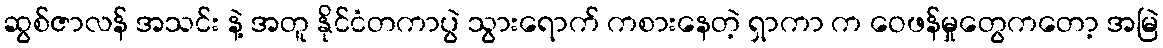
ဆွစ်ဇာလန် အသင်း နဲ့ အတူ နိုင်ငံတကာပွဲ သွားရောက် ကစားနေတဲ့ ရှာကာ က ဝေဖန်မှုတွေကတော့ အမြဲ